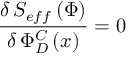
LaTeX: \frac { \delta \, S _ { e f f } \left( \Phi \right) } { \delta \, \Phi _ { D } ^ { C } \left( x \right) } = 0